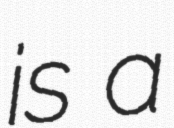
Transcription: is a